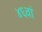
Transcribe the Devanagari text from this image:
४६वां